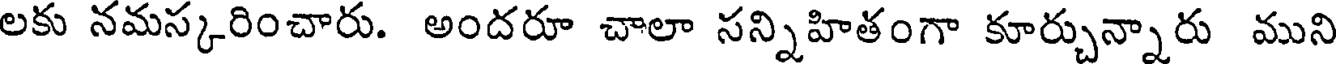
లకు నమస్కరించారు. అందరూ చాలా సన్నిహితంగా కూర్చున్నారు ముని